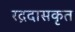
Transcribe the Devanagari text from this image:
रद्रदासकृत